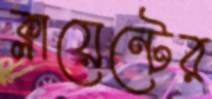
ক্লায়েন্টের